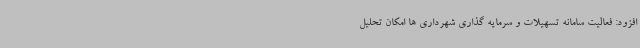
افزود: فعالیت سامانه تسهیلات و سرمایه گذاری شهرداری ها امکان تحلیل